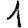
Digit: 1